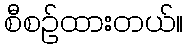
စီစဉ်ထားတယ်။